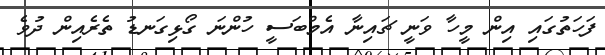
ފަހަތުގައި އިން މީހާ ވަނީ ޗައިނާ އެމްބަސީ ހުންނަ ގޯޅިގަނޑު ތެރެއިން ދުވެ